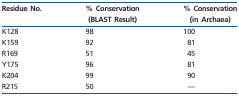
<table><thead><tr><td><b>Residue No.</b></td><td><b>% Conservation (BLAST Result)</b></td><td><b>% Conservation (in Archaea)</b></td></tr></thead><tbody><tr><td>K128</td><td>98</td><td>100</td></tr><tr><td>K159</td><td>92</td><td>81</td></tr><tr><td>R169</td><td>51</td><td>45</td></tr><tr><td>Y175</td><td>96</td><td>81</td></tr><tr><td>K204</td><td>99</td><td>90</td></tr><tr><td>R215</td><td>50</td><td>—</td></tr></tbody></table>